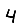
Digit: 4